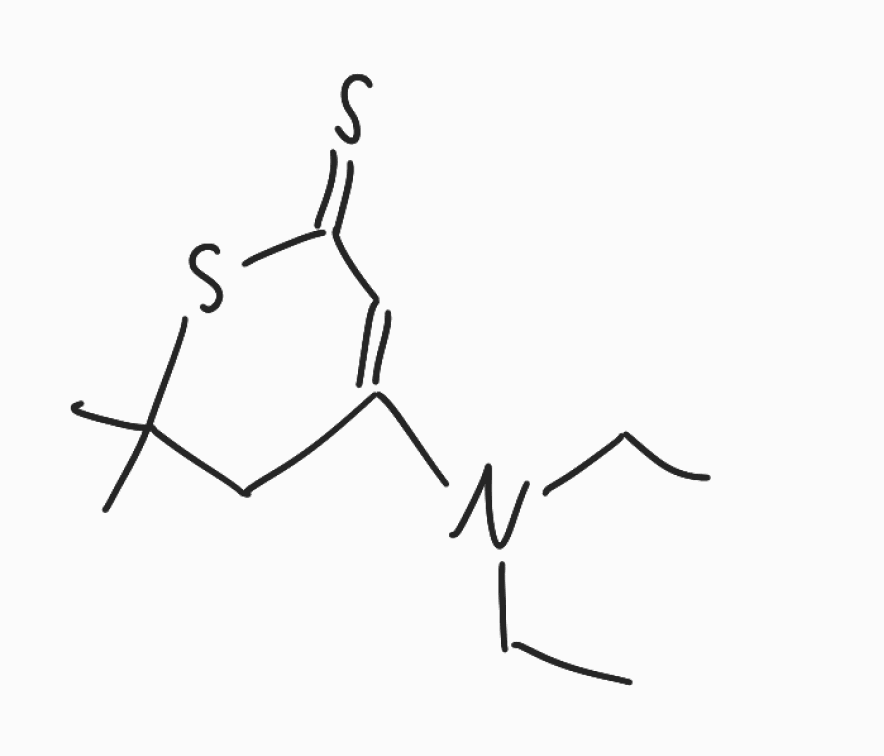
Simplified molecular-input line-entry system (SMILES) notation of the given molecule:
CCN(CC)C1=CC(=S)SC(C1)(C)C